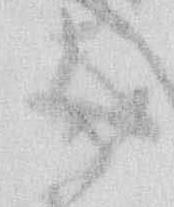
御